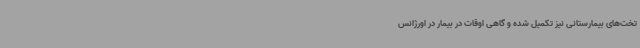
تخت‌های بیمارستانی نیز تکمیل شده و گاهی اوقات در بیمار در اورژانس